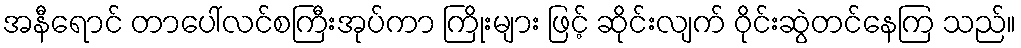
အနီရောင် တာပေါ်လင်စကြီးအုပ်ကာ ကြိုးများ ဖြင့် ဆိုင်းလျက် ဝိုင်းဆွဲတင်နေကြ သည်။